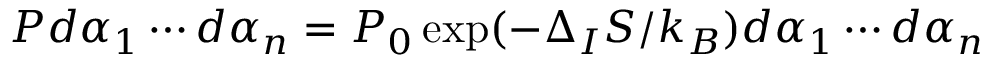
P d \alpha _ { 1 } \cdots d \alpha _ { n } = P _ { 0 } \exp ( - \Delta _ { I } S / k _ { B } ) d \alpha _ { 1 } \cdots d \alpha _ { n }